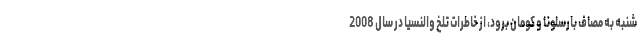
شنبه به مصاف بارسلونا و کومان برود، از خاطرات تلخ والنسیا در سال 2008